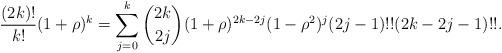
LaTeX: \begin{align*}\frac{(2k)!}{k!}(1+\rho )^{k}=\sum_{j=0}^{k}\binom{2k}{2j}(1+\rho)^{2k-2j}(1-\rho ^{2})^{j}(2j-1)!!(2k-2j-1)!!. \end{align*}